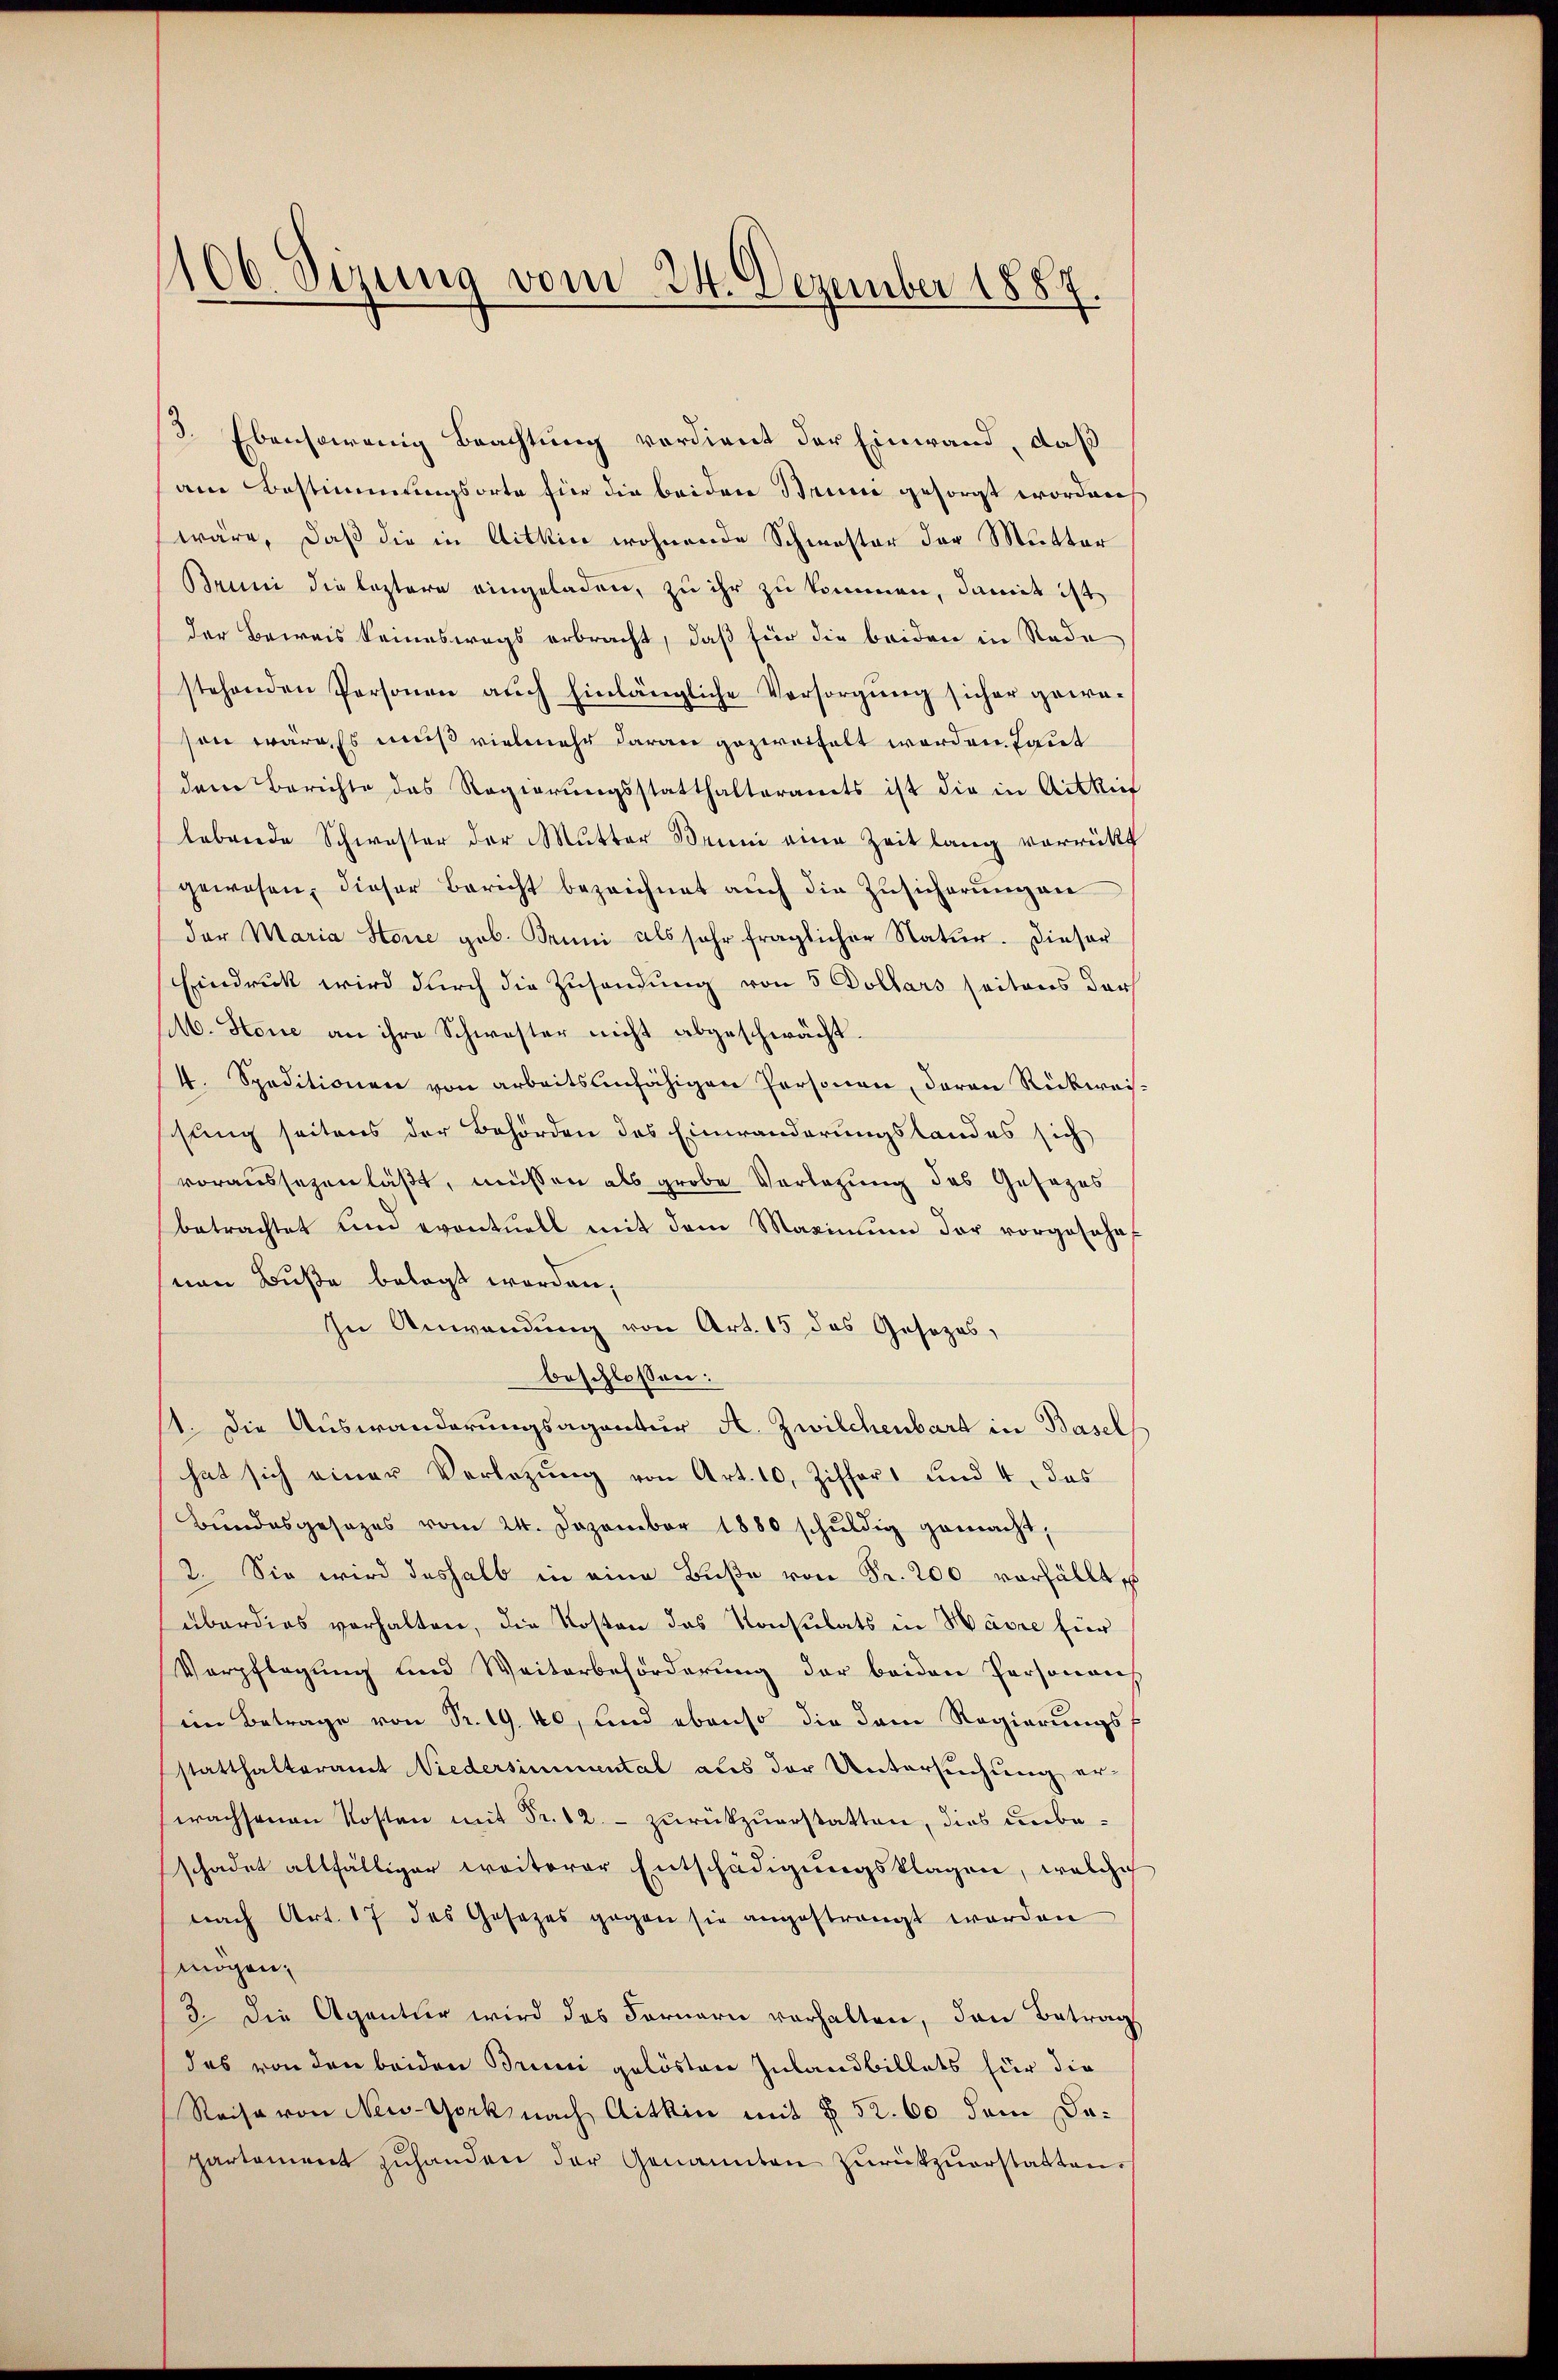
106. Sizung vom 24. Dezember 1887.

3. Ebensowenig Beachtung verdient der Einwand, daß
am Bestimmungsorte für die beiden Brinie gesorgt worden
wäre, daß die in Aitkice wohnende Schwester der Mutter
Bruni die leztere eingeladen, zu ihr zu kommen, damit ist
der Beweis keineswegs erbracht, daß für die beiden in Rade
stehenden Personen auch hinlängliche Versorgung sicher gewe-
son wäre. Es muß vielmehr daran gezweifelt worden. Laut
dem Berichte das Regierungsstatthalteramts ist die in Aitkie
lebende Schwester der Mutter Bein eine Zeit lang vorrückt
gewesen, dieser Bericht bezeichnet auch die Zŭsicherŭngen
der Maria Stone geb. Truni als sehr fraglicher Natur. Dieser
Eindruck wird durch die Zusendung von 5 Dollars seitens der
M. Stone an ihre Schwester nicht abgeschwächt.
4. Speditionen von arbeitsunfähigen Personen, daran Rückwei
ssung seitens der Behörden des Einwanderungslandes sich
voraussegen läßt, müssen als grobe Verlegung des Gesezes
betrachtet und eventuell mit dem Maximŭm der vorgesehe
nen Buße belegt worden,
In Anwendung von Art. 15 das Gesezes,
beschlossen:
11. Die Auswanderungsagentur A. Zwilchenbart in Basel
hat sich einer Verletzŭng von Art. 10. Ziffers und 4, das
Bundesgesezes vom 24. Dezember 1880 schŭldig gemacht,
2. Sie wird deshalb in eine Bŭβe von Fr. 200 verfällt
überdies verhalten, die Kosten das Konsulats in Havre für
Verpflegung und Weiterbeforderung der beiden Personens
im Betrage von Sr. 19. 40, und ebenso die dem Regierungs
statthalteramt Niedersimmental aus der Untersuchung er-
wachsenen Kosten mit Fr. 12. - zurükzuerstatten, dies unbeschadet allfälliger weiterer Entschädigungsklagen, welche
nach Art. 17 des Gesetzes gegen sie angestrangt worden
mögen,
3. Die Agentur wird das Fernern vorhalten, den Betrag
das von den beiden Bruni gelösten Inlandbillets für die
Reise von New-York nach Aithin mit § 52. 60 dem Dapartament zŭhanden der Genannten zurückzuerstatten.